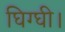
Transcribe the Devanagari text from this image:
घिग्घी।